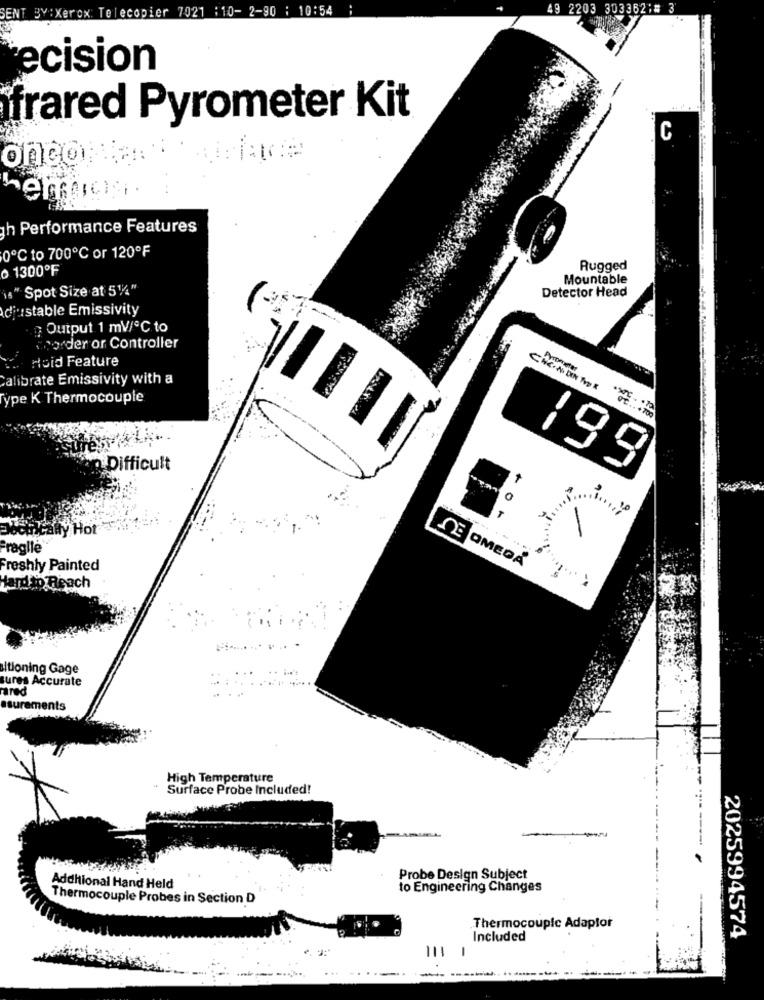
49 2203 303362:# 3
SENT BY: Xerox Telecopier 7021 : 10- 2-90 : 10:54
ecision
frared Pyrometer Kit
C
onco
h Performance Features
0℃ to 700℃ or 120ºF
0 1300ºF
Rugged
Mountable
is " Spot Size at 51/4"
Detector Head
djustable Emissivity
Output 1 mV/℃ to
sporder or Controller
. Roid Feature
Calibrate Emissivity with a
CHIKIN DEN TOR
Type K Thermocouple
--
Difficult
199
0
ally Hot
Fragile
Freshly Painted
DE OMEDA
Hard to Reach
ltioning Gage
sures Accurate
rared
suraments
High Temperature
Surface Probe Included!
Probe Design Subject
Additional Hand Held
to Engineering Changes
Thermocouple Probes in Section D
Thermocouple Adaptor
Included
2025994574
111